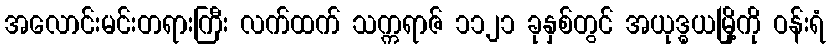
အလောင်းမင်းတရားကြီး လက်ထက် သက္ကရာဇ် ၁၁၂၁ ခုနှစ်တွင် အယုဒ္ဓယမြို့ကို ဝန်းရံ